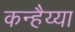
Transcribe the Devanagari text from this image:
कन्हैय्या